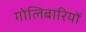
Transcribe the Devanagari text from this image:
गोलिबारियों